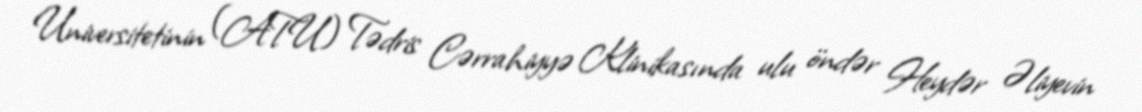
Universitetinin (ATU) Tədris Cərrahiyyə Klinikasında ulu öndər Heydər Əliyevin